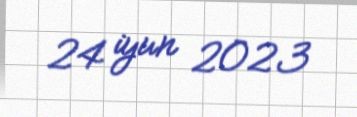
24 iyun 2023